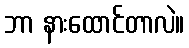
ဘာ နားထောင်တာလဲ။